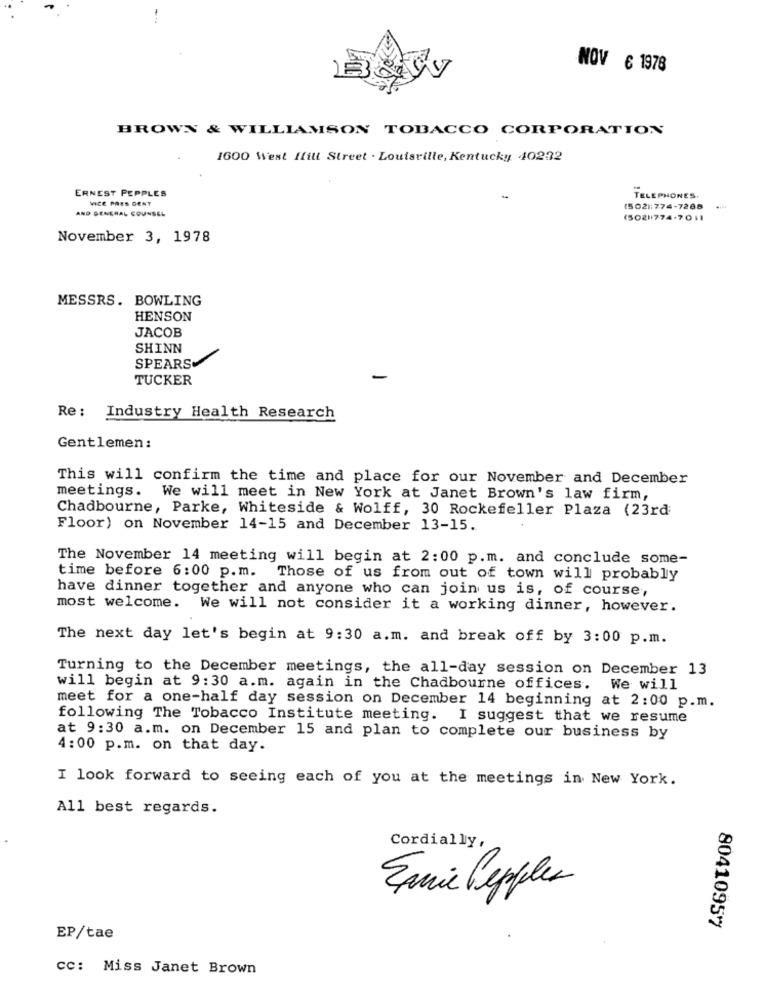
NOV € 1978
BROWN & WILLIAMSON TOBACCO CORPORATION
1600 West Hill Street . Louisville, Kentucky 40232
ERNEST PEPPLES
VICE PRES DENY
-
TELEPHONES.
AND GENERAL COUNSEL
(502):774-7288
(502 774-7011
November 3, 1978
MESSRS. BOWLING
HENSON
JACOB
SHINN
SPEARS
TUCKER
Re: Industry Health Research
Gentlemen:
This will confirm the time and place for our November and December
meetings. We will meet in New York at Janet Brown's law firm,
Chadbourne, Parke, Whiteside & Wolff, 30 Rockefeller Plaza (23rd
Floor) on November 14-15 and December 13-15.
The November 14 meeting will begin at 2:00 p.m. and conclude some-
time before 6:00 p.m. Those of us from out of town will probably
have dinner together and anyone who can join us is, of course,
most welcome. We will not consider it a working dinner, however.
The next day let's begin at 9:30 a.m. and break off by 3:00 p.m.
Turning to the December meetings, the all-day session on December 13
will begin at 9:30 a.m. again in the Chadbourne offices. We will
meet for a one-half day session on December 14 beginning at 2:00 p.m.
following The Tobacco Institute meeting. I suggest that we resume
at 9:30 a.m. on December 15 and plan to complete our business by
4:00 p.m. on that day.
I look forward to seeing each of you at the meetings in New York.
All best regards.
Cordially,
Enie Pepples
80410957
EP/tae
cc: Miss Janet Brown